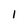
Character: l